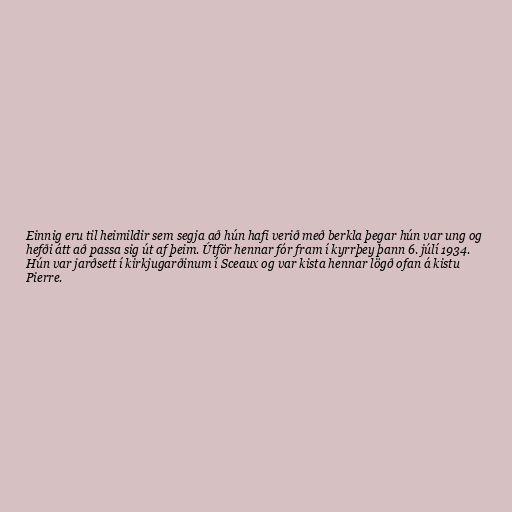
Einnig eru til heimildir sem segja að hún hafi verið með berkla þegar hún var ung og
hefði átt að passa sig út af þeim. Útför hennar fór fram í kyrrþey þann 6. júlí 1934.
Hún var jarðsett í kirkjugarðinum í Sceaux og var kista hennar lögð ofan á kistu
Pierre.